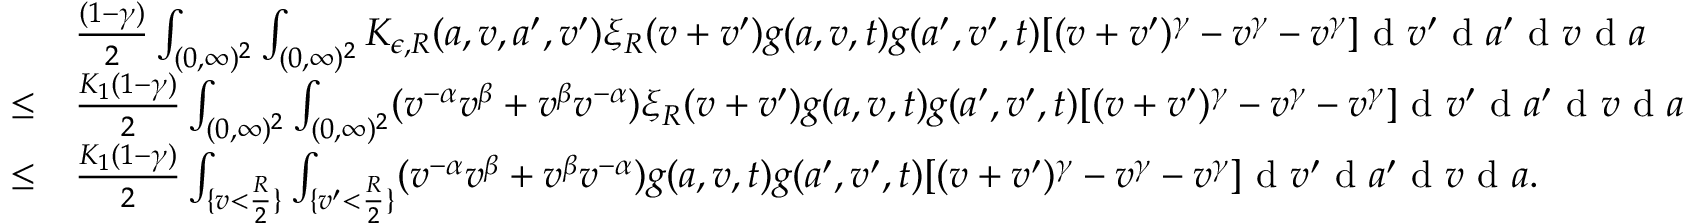
\begin{array} { r l } & { \frac { ( 1 - \gamma ) } { 2 } \int _ { ( 0 , \infty ) ^ { 2 } } \int _ { ( 0 , \infty ) ^ { 2 } } K _ { \epsilon , R } ( a , v , a ^ { \prime } , v ^ { \prime } ) \xi _ { R } ( v + v ^ { \prime } ) g ( a , v , t ) g ( a ^ { \prime } , v ^ { \prime } , t ) [ ( v + v ^ { \prime } ) ^ { \gamma } - v ^ { \gamma } - v ^ { \gamma } ] \textup { d } v ^ { \prime } \textup { d } a ^ { \prime } \textup { d } v \textup { d } a } \\ { \leq } & { \frac { K _ { 1 } ( 1 - \gamma ) } { 2 } \int _ { ( 0 , \infty ) ^ { 2 } } \int _ { ( 0 , \infty ) ^ { 2 } } ( v ^ { - \alpha } v ^ { \beta } + v ^ { \beta } v ^ { - \alpha } ) \xi _ { R } ( v + v ^ { \prime } ) g ( a , v , t ) g ( a ^ { \prime } , v ^ { \prime } , t ) [ ( v + v ^ { \prime } ) ^ { \gamma } - v ^ { \gamma } - v ^ { \gamma } ] \textup { d } v ^ { \prime } \textup { d } a ^ { \prime } \textup { d } v \textup { d } a } \\ { \leq } & { \frac { K _ { 1 } ( 1 - \gamma ) } { 2 } \int _ { \{ v < \frac { R } { 2 } \} } \int _ { \{ v ^ { \prime } < \frac { R } { 2 } \} } ( v ^ { - \alpha } v ^ { \beta } + v ^ { \beta } v ^ { - \alpha } ) g ( a , v , t ) g ( a ^ { \prime } , v ^ { \prime } , t ) [ ( v + v ^ { \prime } ) ^ { \gamma } - v ^ { \gamma } - v ^ { \gamma } ] \textup { d } v ^ { \prime } \textup { d } a ^ { \prime } \textup { d } v \textup { d } a . } \end{array}